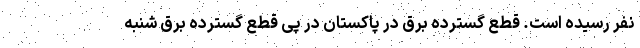
نفر رسیده است. قطع گسترده برق در پاکستان در پی قطع گسترده برق شنبه